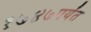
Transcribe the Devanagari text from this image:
१७४७पर्यंत